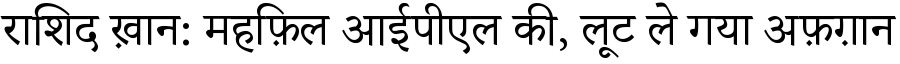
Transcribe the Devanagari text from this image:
राशिद ख़ान: महफ़िल आईपीएल की, लूट ले गया अफ़ग़ान